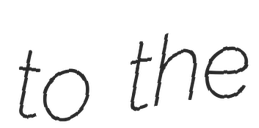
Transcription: to the